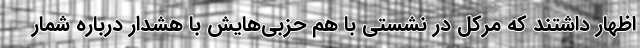
اظهار داشتند که مرکل در نشستی با هم حزبی‌هایش با هشدار درباره شمار